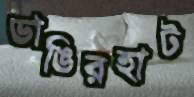
ডাঙিরহাট